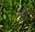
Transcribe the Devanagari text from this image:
नरै